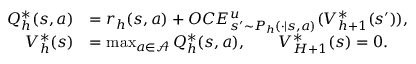
\begin{array} { r l } { Q _ { h } ^ { * } ( s , a ) } & { = r _ { h } ( s , a ) + O C E _ { s ^ { \prime } \sim P _ { h } ( \cdot \vert s , a ) } ^ { u } ( V _ { h + 1 } ^ { * } ( s ^ { \prime } ) ) , } \\ { V _ { h } ^ { * } ( s ) } & { = \operatorname* { m a x } _ { a \in \mathcal { A } } Q _ { h } ^ { * } ( s , a ) , \quad \quad V _ { H + 1 } ^ { * } ( s ) = 0 . } \end{array}